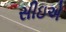
સીઇએ